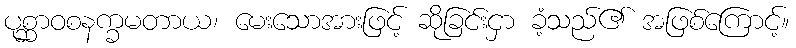
ပုစ္ဆာဝစနက္ခမတာယ၊ မေးသောအားဖြင့် ဆိုခြင်းငှာ ခံ့သည်၏ အဖြစ်ကြောင့်။